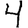
Digit: 4